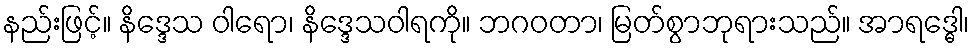
နည်းဖြင့်။ နိဒ္ဒေသ ဝါရော၊ နိဒ္ဒေသဝါရကို။ ဘဂဝတာ၊ မြတ်စွာဘုရားသည်။ အာရဒ္ဓေါ၊